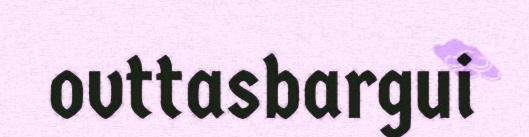
ovttasbargui